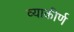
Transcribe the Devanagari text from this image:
व्याकीर्ण